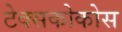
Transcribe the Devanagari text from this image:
टेक्सकोकोस